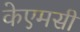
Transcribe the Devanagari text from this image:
केएमसी